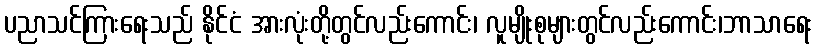
ပညာသင်ကြားရေးသည် နိုင်ငံ အားလုံးတို့တွင်လည်းကောင်း၊ လူမျိုးစုများတွင်လည်းကောင်း၊ဘာသာရေး